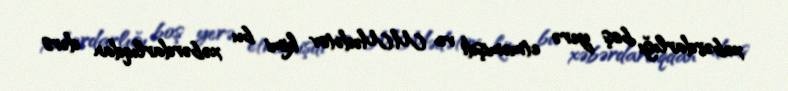
xəbərdarlığı boş yerə etməmişdi və M.Mədətov kimi bu xəbərdarlıqdan dərs